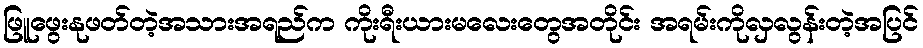
ဖြူဖွေးနုဖတ်တဲ့အသားအရည်က ကိုးရီးယားမလေးတွေအတိုင်း အရမ်းကိုလှလွန်းတဲ့အပြင်